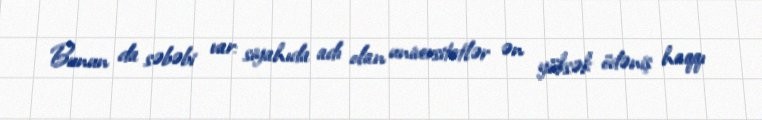
Bunun da səbəbi var: siyahıda adı olan universitetlər ən yüksək ödəniş haqqı